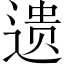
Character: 遗